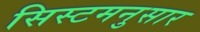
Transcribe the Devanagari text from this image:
सिस्टमनुसार